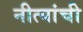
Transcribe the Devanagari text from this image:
नीत्यांची